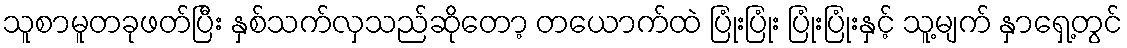
သူစာမူတခုဖတ်ပြီး နှစ်သက်လှသည်ဆိုတော့ တယောက်ထဲ ပြုံးပြုံး ပြုံးပြုံးနှင့် သူ့မျက် နှာရှေ့တွင်